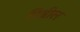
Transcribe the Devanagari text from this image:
गिब्रील